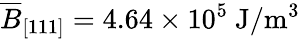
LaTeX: \overline{{B}}_{[111]}=4.64\times 10^{5}~\mathrm{J/m^{3}}